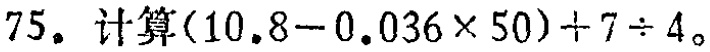
75. 计算\((10.8 - 0.036\times50)+7\div4\)。